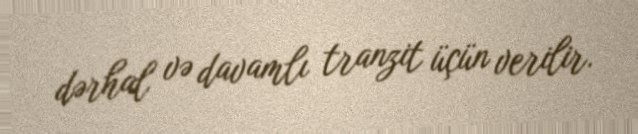
dərhal və davamlı tranzit üçün verilir.